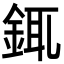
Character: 銸